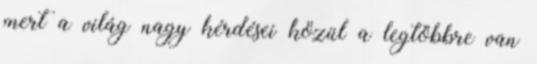
mert a világ nagy kérdései közül a legtöbbre van